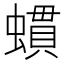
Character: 䗰